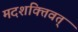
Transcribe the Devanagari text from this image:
मदशक्तिवत्